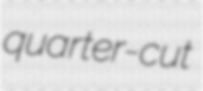
quarter-cut